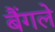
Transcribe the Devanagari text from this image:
बैंगले